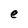
Character: e